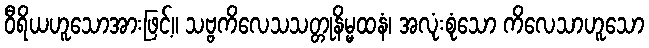
ဝီရိယဟူသောအားဖြင့်။ သဗ္ဗကိလေသသတ္တုနိမ္မထနံ၊ အလုံးစုံသော ကိလေသာဟူသော